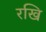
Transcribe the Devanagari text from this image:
रखि